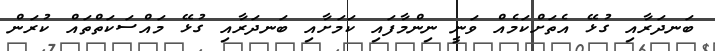
ބަނދަރާއި ގުޅޭ އެތަށްކަމެއް ވަނީ ނިންމާފައި ކަމަށާއި ބަނދަރާއި ގުޅޭ މައްސަކަތްތައް ކުރަން